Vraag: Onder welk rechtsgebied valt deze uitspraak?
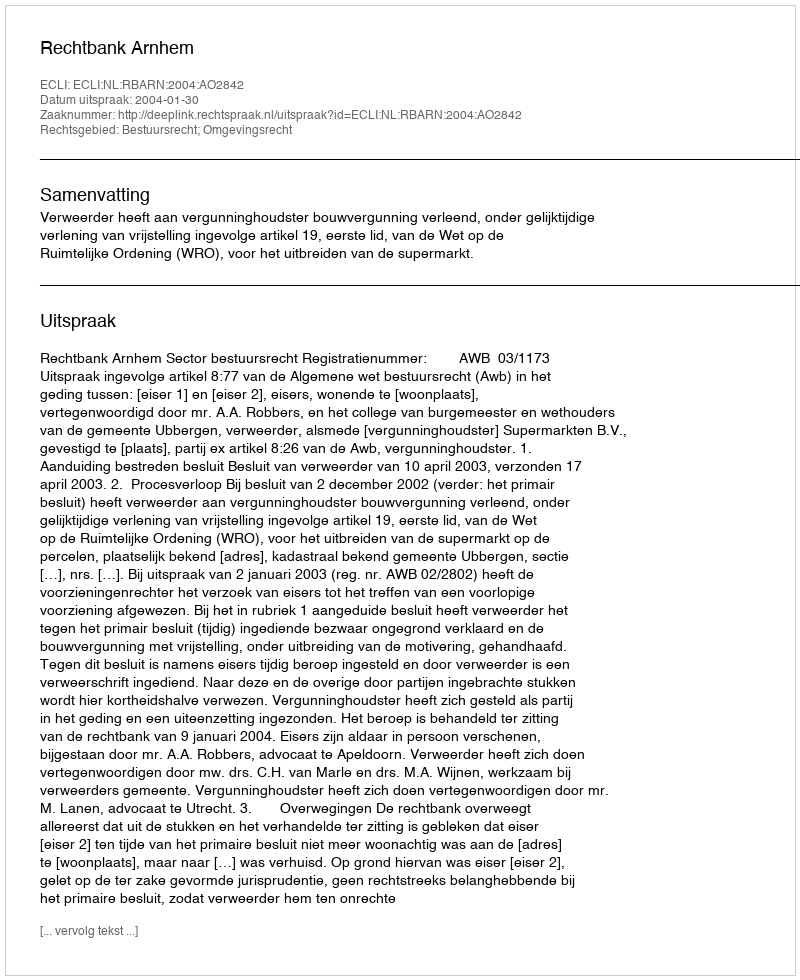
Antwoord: Bestuursrecht; Omgevingsrecht